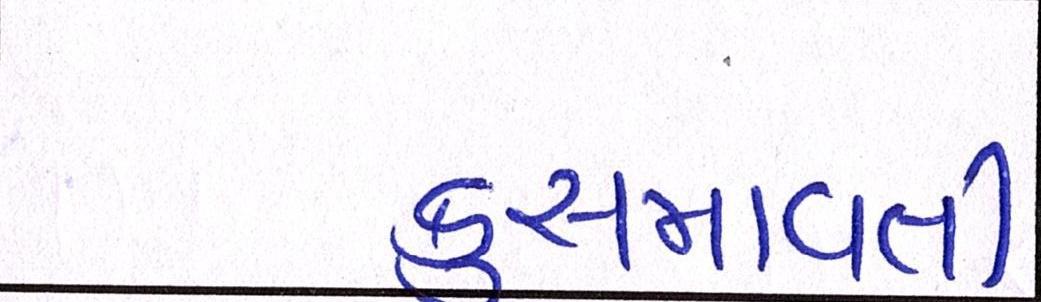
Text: કુસમાવતી